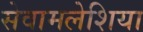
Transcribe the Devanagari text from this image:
सेवामलेशिया